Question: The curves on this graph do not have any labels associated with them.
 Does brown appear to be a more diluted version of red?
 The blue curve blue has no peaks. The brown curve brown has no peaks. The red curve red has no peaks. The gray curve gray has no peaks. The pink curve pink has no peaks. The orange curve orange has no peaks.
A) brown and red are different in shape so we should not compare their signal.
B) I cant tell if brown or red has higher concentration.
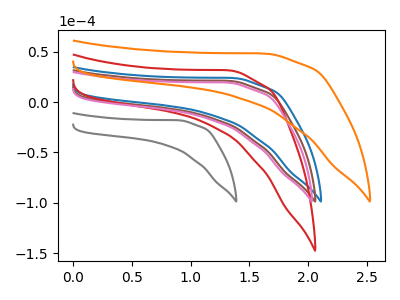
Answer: <think>Neither "brown" or "red" have any peaks.
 </think>
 <answer>B) I cant tell if "brown" or "red" has higher concentration.</answer>
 <eval>B</eval>